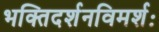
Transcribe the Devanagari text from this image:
भक्तिदर्शनविमर्शः